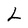
Character: L